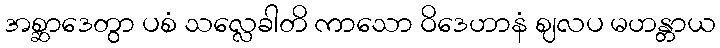
အစ္ဆာဒေတွာ ပစံ သလ္လေခါတိ ကာသော ဝိဒေဟာနံ ဈလပ မဟန္တာယ